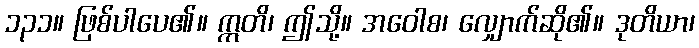
၁၃၁။ ဖြစ်ပါပေ၏။ ဣတိ၊ ဤသို့။ အဝေါစ၊ လျှောက်ဆို၏။ ဒုတိယာ၊